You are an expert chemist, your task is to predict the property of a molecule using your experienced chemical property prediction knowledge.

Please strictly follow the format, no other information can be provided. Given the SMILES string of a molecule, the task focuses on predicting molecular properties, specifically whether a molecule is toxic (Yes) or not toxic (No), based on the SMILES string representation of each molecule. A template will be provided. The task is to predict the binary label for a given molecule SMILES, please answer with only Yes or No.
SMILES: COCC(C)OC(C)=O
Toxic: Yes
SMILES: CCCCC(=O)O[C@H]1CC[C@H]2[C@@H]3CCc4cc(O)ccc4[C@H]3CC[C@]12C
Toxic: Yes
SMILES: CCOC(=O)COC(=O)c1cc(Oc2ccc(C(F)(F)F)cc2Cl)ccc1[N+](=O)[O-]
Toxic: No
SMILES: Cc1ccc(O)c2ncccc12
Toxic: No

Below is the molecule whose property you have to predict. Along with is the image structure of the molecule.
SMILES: CCCCCCCCCCCCOC(=O)c1ccc(O)cc1
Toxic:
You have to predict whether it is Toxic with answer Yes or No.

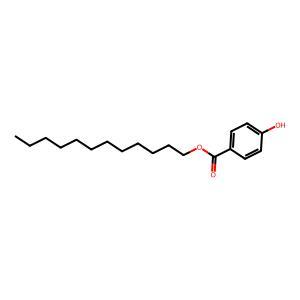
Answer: No